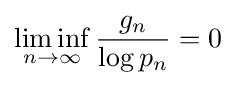
\liminf _{n\to \infty }{\frac {g_{n}}{\log p_{n}}}=0